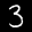
Label: 3